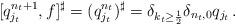
LaTeX: \begin{align*}[q^{n_t+1}_{j_t},f]^\sharp=(q^{n_t}_{j_t})^\sharp=\delta_{k_t\geq\frac12}\delta_{n_t,0}q_{j_t}\,.\end{align*}